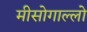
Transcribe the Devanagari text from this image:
मीसोगाल्लो